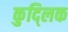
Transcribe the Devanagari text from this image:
कुद्लिक